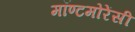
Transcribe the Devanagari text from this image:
मॉण्टमोरेंसी